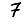
Digit: 7